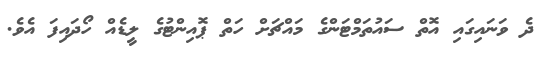
ދެ ވަނައިގައި އޮތް ސައުތަމްޓަންގެ މައްޗަށް ހަތް ޕޮއިންޓުގެ ލީޑެއް ހޯދައިފަ އެވެ.